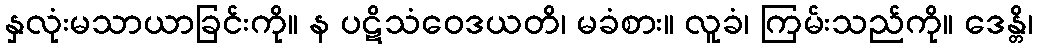
နှလုံးမသာယာခြင်းကို။ န ပဋိသံဝေဒယတိ၊ မခံစား။ လူခံ၊ ကြမ်းသည်ကို။ ဒေန္တိ၊